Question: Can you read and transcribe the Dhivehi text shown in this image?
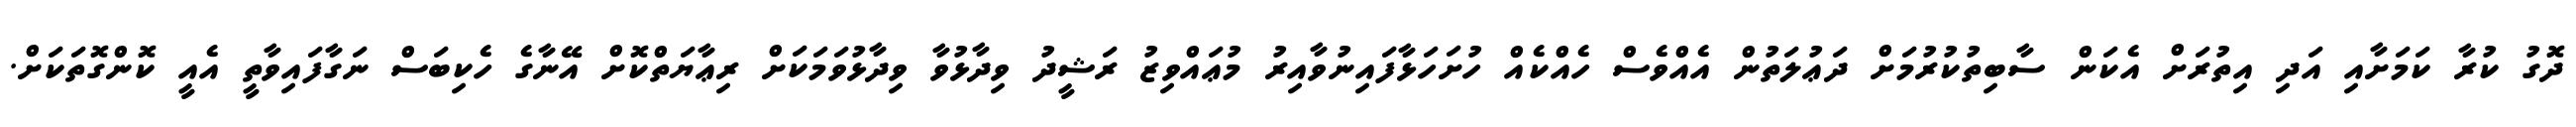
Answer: ދޮގު ކުރާ ކަމަށާއި އަދި އިތުރަށް އެކަން ސާބިތުކުރުމަށް ދަޢުލަތުން އެއްވެސް ހެއްކެއް ހުށަހަޅާފައިނުވާއިރު މުޢައްވިޒު ރަޝީދު ވިދާޅުވާ ވިދާޅުވަމަކަށް ރިޢާޔަތްކޮށް އޭނާގެ ހެކިބަސް ނަގާފައިވާތީ އެއީ ކޮންގޮތަކަށް.